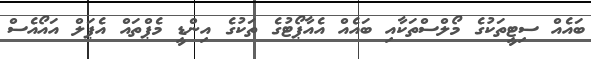
ބައެއް ސިޓީތަކުގެ މޯލްސްތަކާއި ބައެއް އެއާޕޯޓުގެ ތަކުގެ އިންޑީ މެޕްތައް އެޕަލް އައޯއެސް